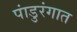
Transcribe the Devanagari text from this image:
पांडुरंगात